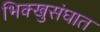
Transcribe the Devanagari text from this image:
भिक्खुसंघात